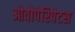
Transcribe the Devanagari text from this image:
ओवोपेरिपेटस